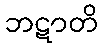
ဘဋာတိ